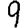
Digit: 9